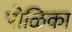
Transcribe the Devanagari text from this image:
पोळिका